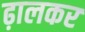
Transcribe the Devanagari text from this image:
ढ़ालकर